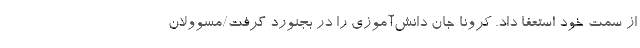
از سمت خود استعفا داد. کرونا جان دانش‌آموزی را در بجنورد گرفت/مسوولان